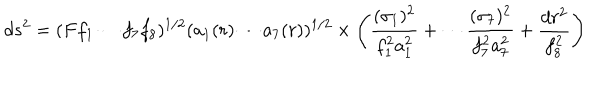
d s ^ { 2 } = ( F f _ { 1 } \cdots f _ { 7 } f _ { 8 } ) ^ { 1 / 2 } ( a _ { 1 } ( r ) \cdots a _ { 7 } ( r ) ) ^ { 1 / 2 } \times \left( { \frac { ( \sigma _ { 1 } ) ^ { 2 } } { f _ { 1 } ^ { 2 } a _ { 1 } ^ { 2 } } } + \cdots { \frac { ( \sigma _ { 7 } ) ^ { 2 } } { f _ { 7 } ^ { 2 } a _ { 7 } ^ { 2 } } } + { \frac { d r ^ { 2 } } { f _ { 8 } ^ { 2 } } } \right)